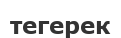
тегерек